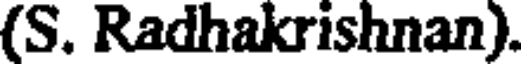
(S. Radhakrishnan).